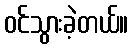
ဝင်သွားခဲ့တယ်။